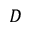
D